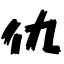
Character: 仇